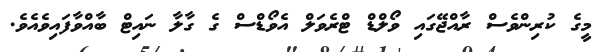
މީގެ ކުރިންވެސް ރާއްޖޭގައި ވޯލްޑް ޓްރެވަލް އެވޯޑްސް ގެ ގާލާ ނައިޓް ބާއްވާފައިވެއެވެ.